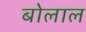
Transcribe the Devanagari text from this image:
बोलाल